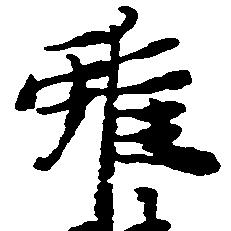
雖